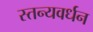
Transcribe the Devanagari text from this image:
स्तन्यवर्धन